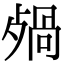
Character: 𣨷